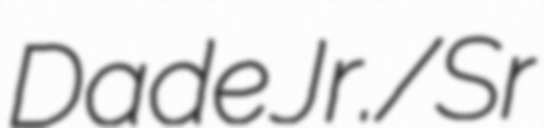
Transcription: Dade Jr./Sr